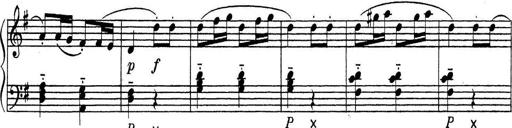
Title: ÄŒeskÃ© Sonatiny
Composer: Various